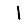
Digit: 1